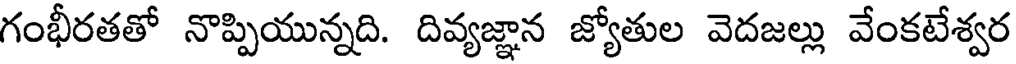
గంభీరతతో నొప్పియున్నది. దివ్యజ్ఞాన జ్యోతుల వెదజల్లు వేంకటేశ్వర